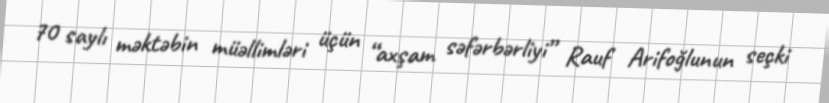
70 saylı məktəbin müəllimləri üçün “axşam səfərbərliyi” Rauf Arifoğlunun seçki